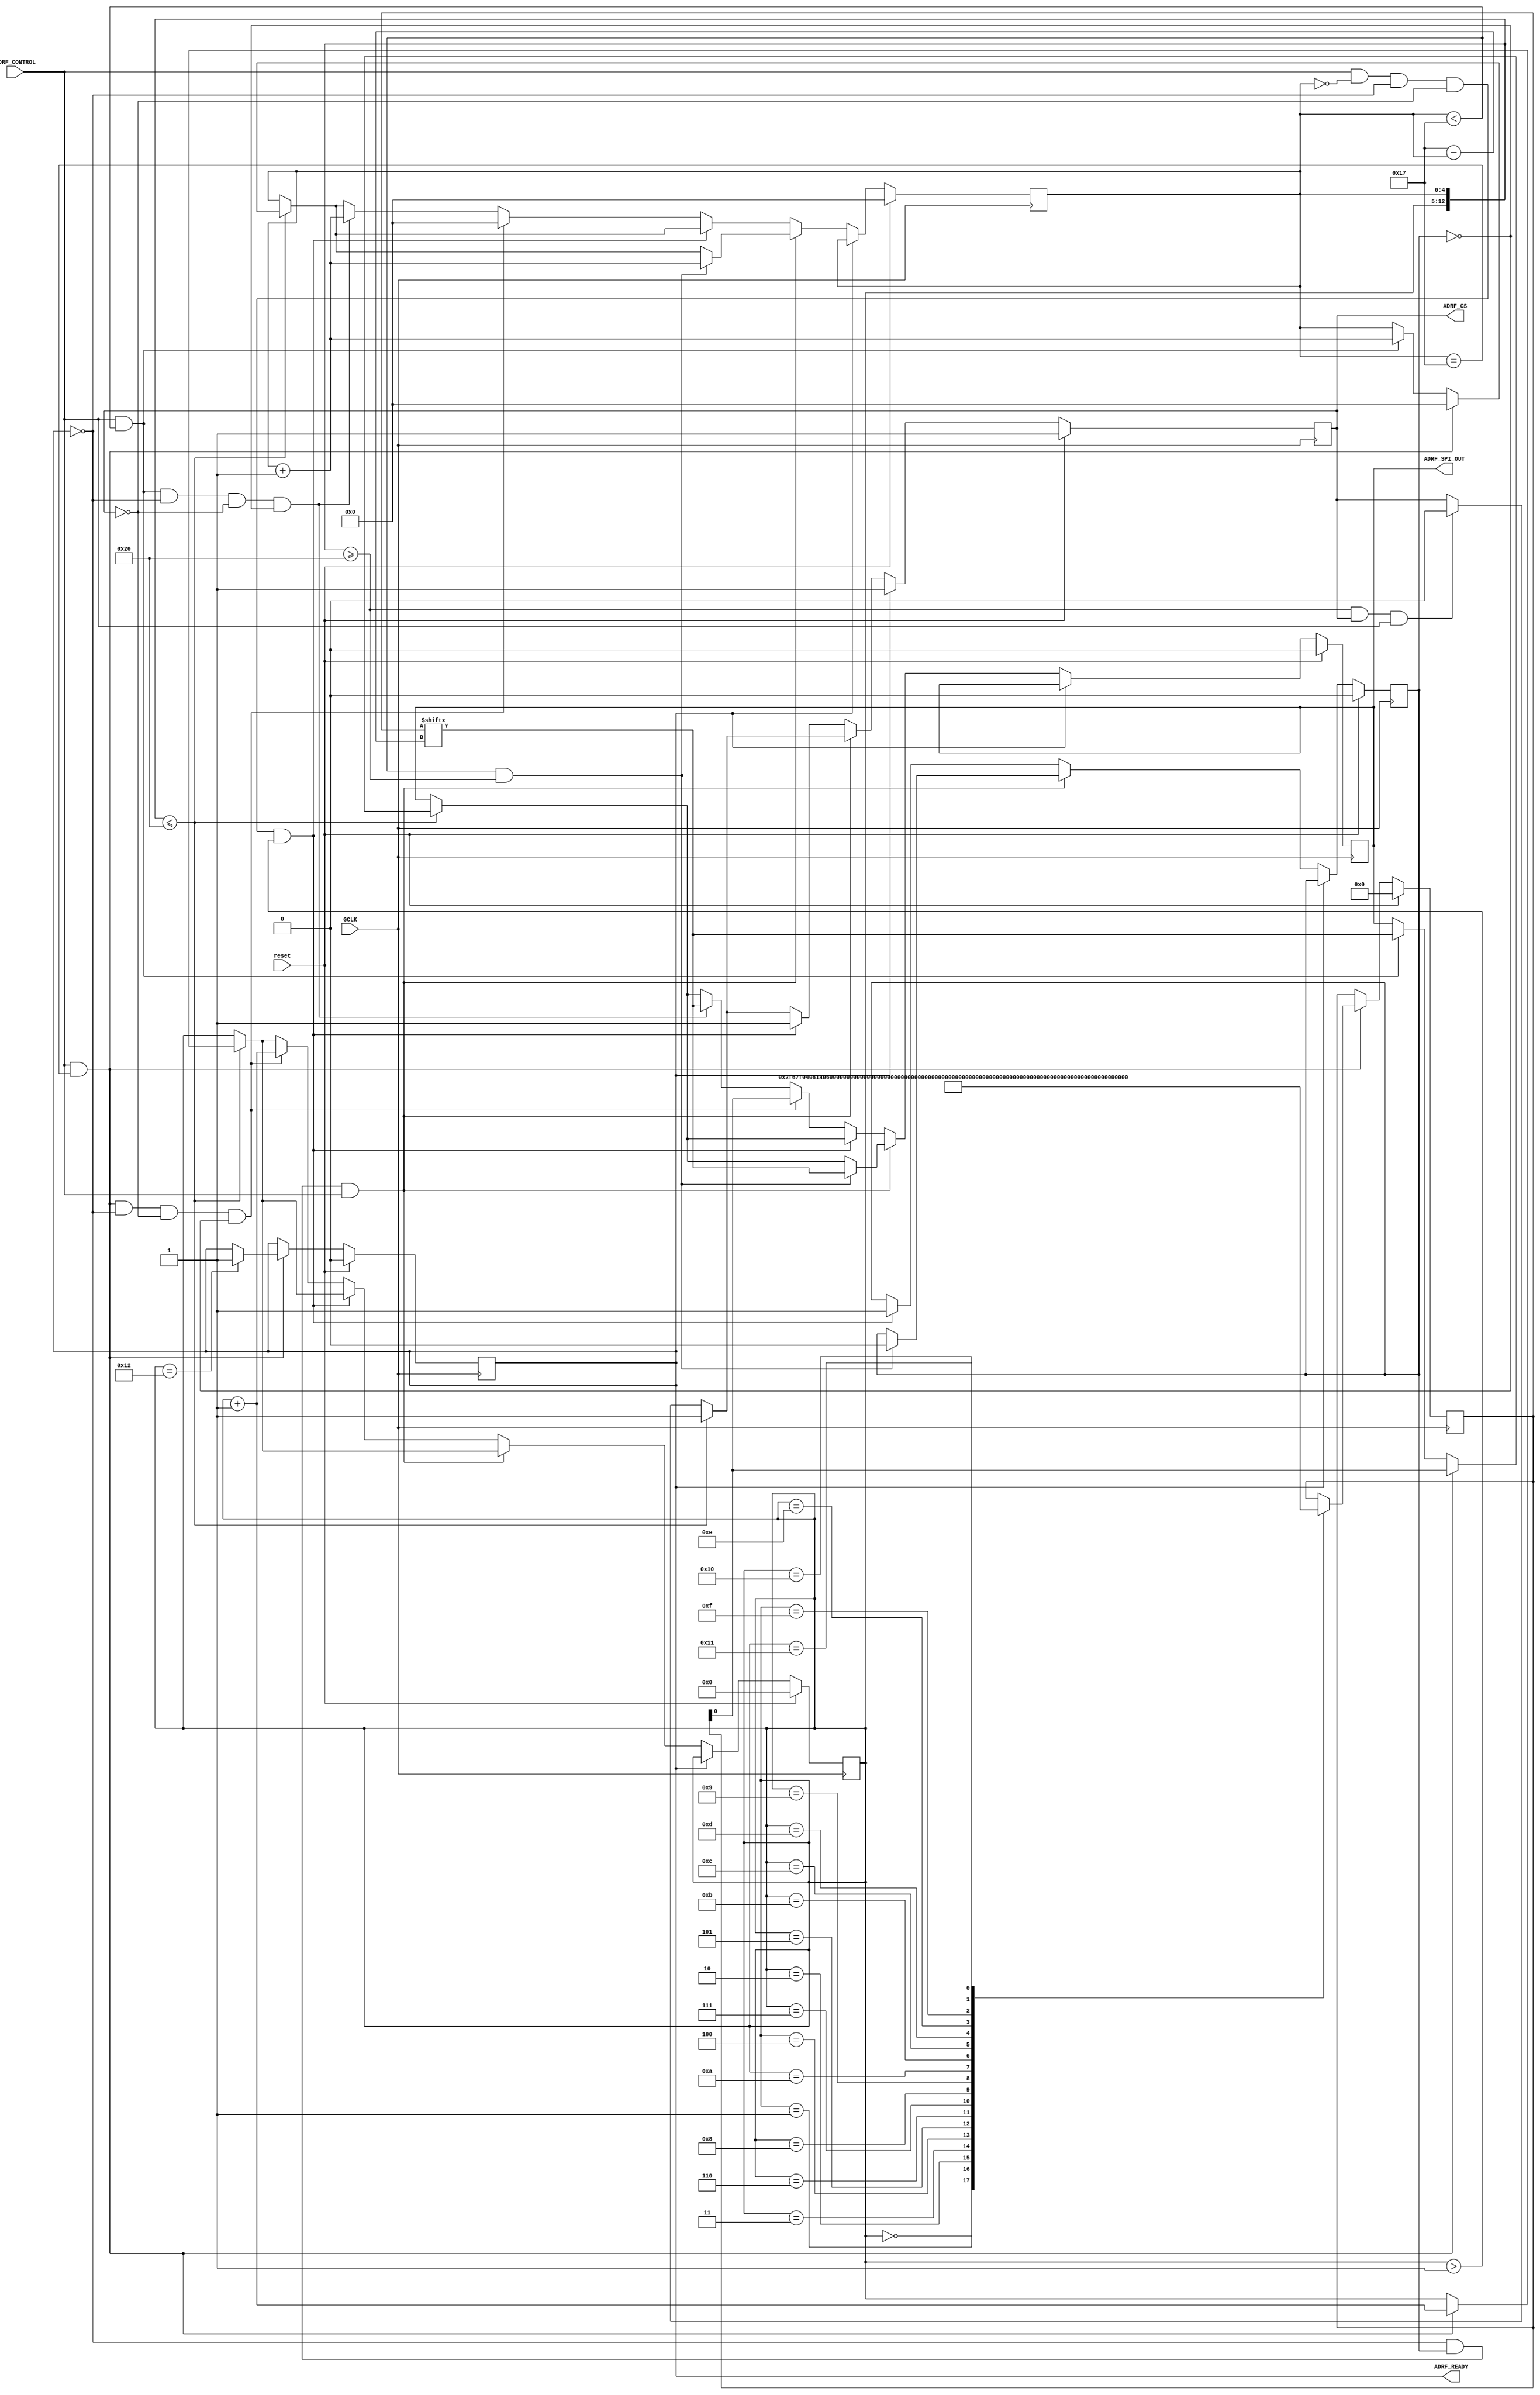
module ADRF(
    input   ADRF_CONTROL,
    input   GCLK, //ADRF SPI CLK
    output  reg ADRF_CS,//ADRFCS
    output  reg     ADRF_READY,
    output  reg     ADRF_SPI_OUT,
    input   reset
); 

reg ADRF_ASSIS;
    reg [4:0] count;
    reg [7:0] PC;
    reg [23:0] ADRF_INSTR;

initial begin
        count <= 5'd0;
        ADRF_READY <= 0;
        PC <= 8'h00;
        ADRF_INSTR <= 23'b0;
        ADRF_SPI_OUT <= 1'b0;
        ADRF_CS <= 1;
        ADRF_ASSIS <= 0;
end

always @(posedge GCLK) begin
    if(reset == 1) begin
        count <= 5'd0;
        PC <= 8'h00;
        ADRF_SPI_OUT <= 1'b0;
        ADRF_CS <= 1;
        ADRF_ASSIS <= 0;
    end
    else begin
        if({PC, count} >= 13'b0000000100000 && ADRF_CS == 1 && ADRF_CONTROL == 1) begin
            ADRF_CS <= 0;
        end
        if(ADRF_READY == 1) begin
            ADRF_CS <= 1;
        end
        else begin
        if({PC, count} <= 13'b0000000100000) begin
            if(ADRF_CONTROL == 1 && count == 5'd23) begin
                PC <= PC + 1;
                count <= 5'd0;
                ADRF_SPI_OUT <= ADRF_INSTR[5'd0];
            end
            else if(ADRF_CONTROL == 1 && count < 5'd23) begin
            ADRF_SPI_OUT <= ADRF_INSTR[5'd23-count];
            count <= count + 1;
            end
            ADRF_CS<= 1;
        end
            if(ADRF_READY == 0 && ADRF_ASSIS == 1 && ADRF_CONTROL == 1) begin
                if(count < 5'd23 && {PC, count} >= 13'b0000000100000) begin
                    ADRF_SPI_OUT <= ADRF_INSTR[5'd23-count];
                    count <= count + 1;
                    ADRF_ASSIS <= 0;
                end
            end
            else if(ADRF_CONTROL == 1 && count == 5'd0 && ADRF_READY == 0 && ADRF_CS == 0 && PC > 8'b00000001) begin
                ADRF_CS <= 1;
                ADRF_ASSIS <= 1;
            end
            else if(ADRF_CONTROL == 1 && count == 5'd23 && ADRF_READY == 0 && ADRF_CS == 0 && ADRF_ASSIS == 0) begin
                PC <= PC + 1;
                count <= 5'd0;
                ADRF_SPI_OUT <= ADRF_INSTR[5'd0];
            end
            else if(ADRF_CONTROL == 1 && count < 5'd23 && ADRF_READY == 0 && ADRF_CS == 0 && ADRF_ASSIS == 0) begin
                ADRF_SPI_OUT <= ADRF_INSTR[5'd23-count];
                count <= count + 1;
            end
        end
    end
end

always @(posedge GCLK) begin
    if(reset == 1) begin
        ADRF_READY <= 0;
        ADRF_INSTR <= 23'b0;
    end
    else begin
    if(count == 5'd23 && ADRF_CONTROL == 1) begin
        case(PC)
        // 8'h00:  ADRF_INSTR <= 24'h000000;//00
        // 8'h01:  ADRF_INSTR <= 24'h02F67F;//01
        // 8'h02:  ADRF_INSTR <= 24'h040820;//02
        // 8'h03:  ADRF_INSTR <= 24'h060000;//03
        // 8'h04:  ADRF_INSTR <= 24'h080064;//04
        // 8'h05:  ADRF_INSTR <= 24'h20F67F;//10
        // 8'h06:  ADRF_INSTR <= 24'h400C26;//20
        // 8'h07:  ADRF_INSTR <= 24'h42000A;//21
        // 8'h08:  ADRF_INSTR <= 24'h442A03;//22
        // 8'h09:  ADRF_INSTR <= 24'h600000;//30
        // 8'h0A:  ADRF_INSTR <= 24'h621101;//31
        // 8'h0B:  ADRF_INSTR <= 24'h640900;//32
        // 8'h0C:  ADRF_INSTR <= 24'h660000;//33
        // 8'h0D:  ADRF_INSTR <= 24'h800010;//40
        // 8'h0E:  ADRF_INSTR <= 24'h84000E;//42
        // 8'h0F:  ADRF_INSTR <= 24'h860000;//43
        // 8'h10:  ADRF_INSTR <= 24'h900000;//45
        // 8'h11:  ADRF_INSTR <= 24'h9814B4;//49
        // 8'h12:  ADRF_READY <= 1;
        // Attemping to nulling LO
        8'h00:  ADRF_INSTR <= 24'h000000;//00
        8'h01:  ADRF_INSTR <= 24'h02F67F;//01
        8'h02:  ADRF_INSTR <= 24'h04081A;//02
        8'h03:  ADRF_INSTR <= 24'h060000;//03
        8'h04:  ADRF_INSTR <= 24'h080064;//04
        8'h05:  ADRF_INSTR <= 24'h20F67F;//10
        8'h06:  ADRF_INSTR <= 24'h400C26;//20
        8'h07:  ADRF_INSTR <= 24'h42000A;//21
        8'h08:  ADRF_INSTR <= 24'h442A03;//22
        8'h09:  ADRF_INSTR <= 24'h600000;//30
        8'h0A:  ADRF_INSTR <= 24'h621101;//31
        8'h0B:  ADRF_INSTR <= 24'h64092D;//32
        8'h0C:  ADRF_INSTR <= 24'h66141E;//33 I:20 Q:30
        8'h0D:  ADRF_INSTR <= 24'h800010;//40
        8'h0E:  ADRF_INSTR <= 24'h84000E;//42
        8'h0F:  ADRF_INSTR <= 24'h860000;//43
        8'h10:  ADRF_INSTR <= 24'h900000;//45
        8'h11:  ADRF_INSTR <= 24'h9814B4;//49
        8'h12:  ADRF_READY <= 1;
    endcase
    end
    end
end

endmodule